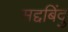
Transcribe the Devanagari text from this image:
सद्दबिंदु